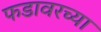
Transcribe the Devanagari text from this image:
फडावरच्या